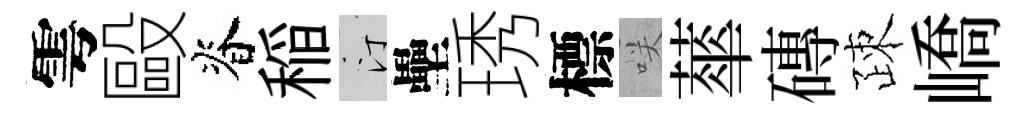
雩毆脊稲汀壘琇標咲蕐磚疎嶠